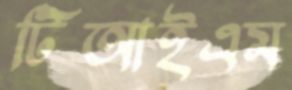
টিআইএম